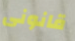
قانونى